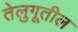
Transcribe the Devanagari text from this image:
तेलुगूतील